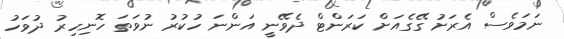
ނަމަވެސް އެރަށު ގޭގެއަށް ކަރަންޓް ދެވޭނީ އަންނަ ހުކުރު ނުވަތަ ހޮނިހިރު ދުވަހު